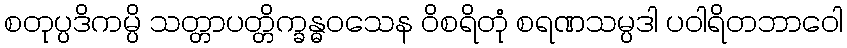
စတုပ္ပဒိကမ္ပိ သတ္တာပတ္တိက္ခန္ဓဝသေန ဝိစရိတုံ စရဏသမ္ပဒါ ပဝါရိတဘာဝေါ